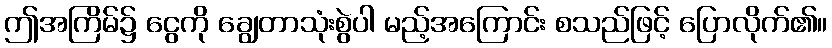
ဤအကြိမ်၌ ငွေကို ချွေတာသုံးစွဲပါ မည့်အကြောင်း စသည်ဖြင့် ပြောလိုက်၏။